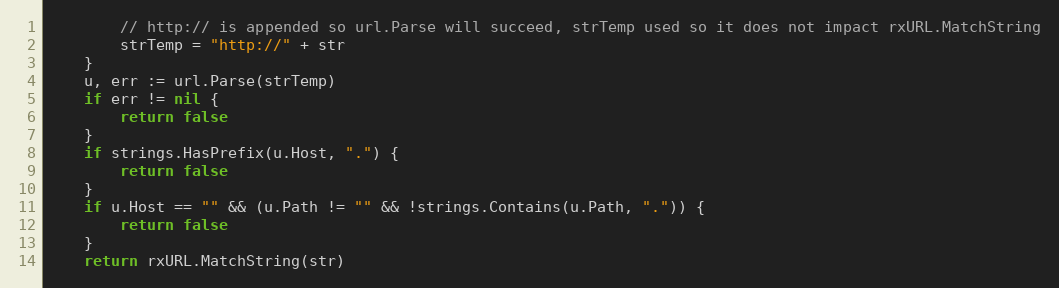
Language: Go
		// http:// is appended so url.Parse will succeed, strTemp used so it does not impact rxURL.MatchString
		strTemp = "http://" + str
	}
	u, err := url.Parse(strTemp)
	if err != nil {
		return false
	}
	if strings.HasPrefix(u.Host, ".") {
		return false
	}
	if u.Host == "" && (u.Path != "" && !strings.Contains(u.Path, ".")) {
		return false
	}
	return rxURL.MatchString(str)